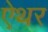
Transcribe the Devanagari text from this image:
ऐथर